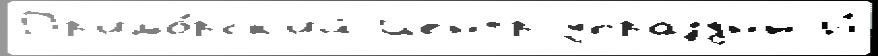
Пр'имо́рск'ий Центр упраздн'́н И